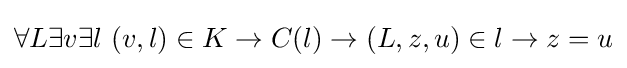
\forall L\exists v\exists l\ (v,l)\in K\to C(l)\to (L,z,u)\in l\to z=u